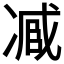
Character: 𠗱